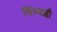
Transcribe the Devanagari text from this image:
चिंध्याही